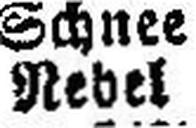
Nebel